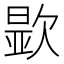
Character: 𬅮